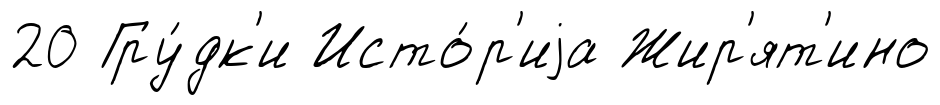
20 Гру́дк'и Исто́р'иjа Жир'ят'ино